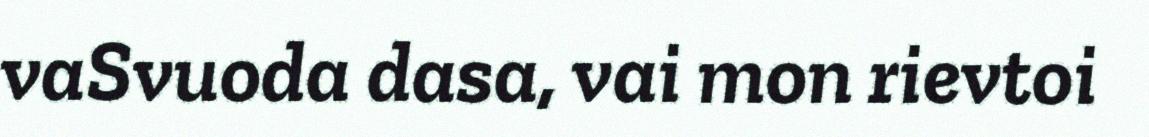
vaSvuoda dasa, vai mon rievtoi